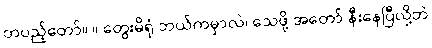
တပည့်တော်။ ။ တွေးမိရုံ ဘယ်ကမှာလဲ၊ သေဖို့ အတော် နီးနေပြီလို့ဘဲ